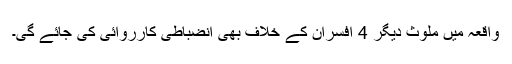
واقعہ میں ملوث دیگر 4 افسران کے خلاف بھی انضباطی کارروائی کی جائے گی۔